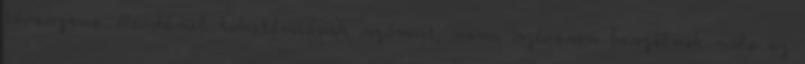
téveszme. Ráadásul tabutémának számít, nem szívesen beszélnek róla az